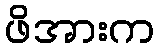
ဖိအားက